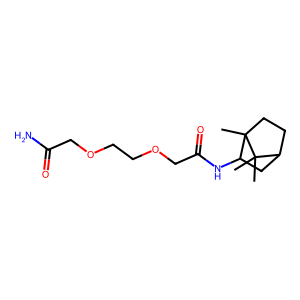
SMILES: CC1(C)C2CCC1(C)C(NC(=O)COCCOCC(N)=O)C2
Inhibits HIV replication: No